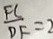
\frac { F C } { D F } = 2